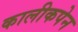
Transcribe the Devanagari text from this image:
कालीकपेन